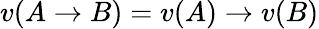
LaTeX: v(A\to B)=v(A)\to v(B)